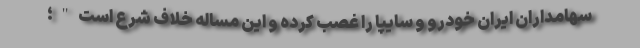
سهامداران ایران خودرو و سایپا را غصب کرده و این مساله خلاف شرع است"؛